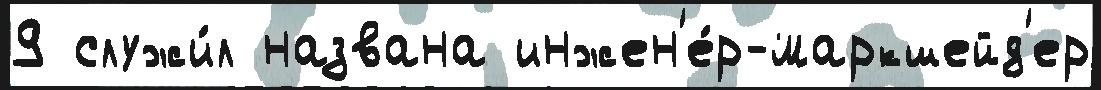
9 служи́л названа инжен'е́р-маркшейд'ер